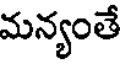
మన్యంతే